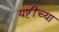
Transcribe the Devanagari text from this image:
यष्टींच्या